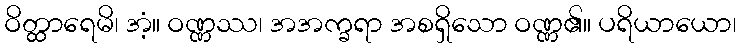
ဝိတ္ထာရေမိ၊ အံ့။ ဝဏ္ဏဿ၊ အအက္ခရာ အစရှိသော ဝဏ္ဏ၏။ ပရိယာယော၊